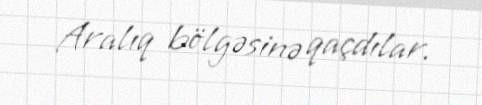
Aralıq bölgəsinə qaçdılar.